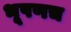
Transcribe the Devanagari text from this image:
भूषणच